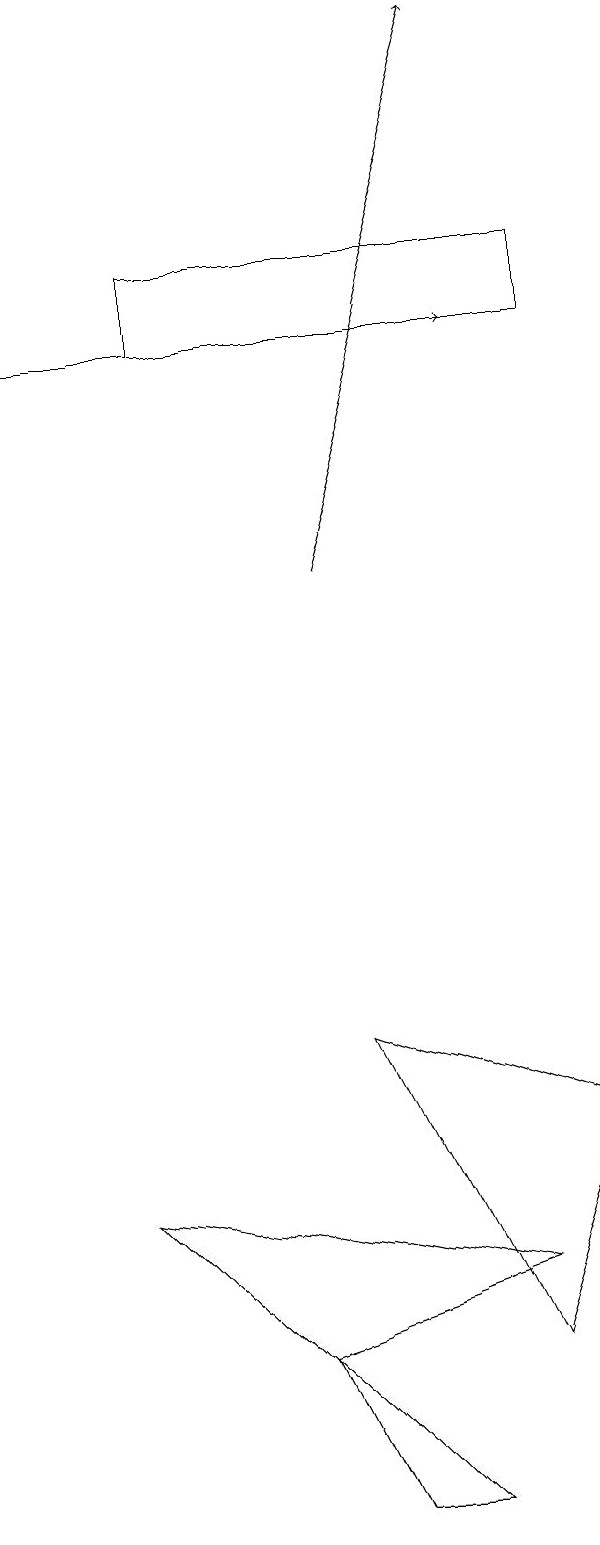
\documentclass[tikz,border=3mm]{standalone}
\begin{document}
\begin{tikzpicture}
\draw (9,15) rectangle (4,16);
\draw (3,4) -- (8,3) -- (5,2) -- cycle;
\draw (9,5) -- (6,6) -- (8,2) -- cycle;
\draw (7,0) -- (6,0) -- (5,2) -- cycle;
\draw[->] (6,12) -- (8,19);
\draw[->] (2,15) -- (8,15);
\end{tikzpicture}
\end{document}